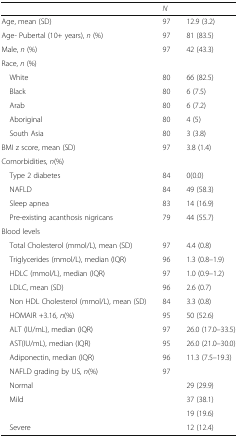
<table><thead><tr><td>[EMPTY_CELL]</td><td><b><i>N</i></b></td><td>[EMPTY_CELL]</td></tr></thead><tbody><tr><td>Age, mean (SD)</td><td>97</td><td>12.9 (3.2)</td></tr><tr><td>Age- Pubertal (10+ years), <i>n</i> (%)</td><td>97</td><td>81 (83.5)</td></tr><tr><td>Male, <i>n</i> (%)</td><td>97</td><td>42 (43.3)</td></tr><tr><td colspan="3">Race, <i>n</i> (%)</td></tr><tr><td> White</td><td>80</td><td>66 (82.5)</td></tr><tr><td> Black</td><td>80</td><td>6 (7.5)</td></tr><tr><td> Arab</td><td>80</td><td>6 (7.2)</td></tr><tr><td> Aboriginal</td><td>80</td><td>4 (5)</td></tr><tr><td> South Asia</td><td>80</td><td>3 (3.8)</td></tr><tr><td>BMI z score, mean (SD)</td><td>97</td><td>3.8 (1.4)</td></tr><tr><td colspan="3">Comorbidities, <i>n</i>(%)</td></tr><tr><td> Type 2 diabetes</td><td>84</td><td>0(0.0)</td></tr><tr><td> NAFLD</td><td>84</td><td>49 (58.3)</td></tr><tr><td> Sleep apnea</td><td>83</td><td>14 (16.9)</td></tr><tr><td> Pre-existing acanthosis nigricans</td><td>79</td><td>44 (55.7)</td></tr><tr><td colspan="3">Blood levels</td></tr><tr><td> Total Cholesterol (mmol/L), mean (SD)</td><td>97</td><td>4.4 (0.8)</td></tr><tr><td> Triglycerides (mmol/L), median (IQR)</td><td>96</td><td>1.3 (0.8–1.9)</td></tr><tr><td> HDLC (mmol/L), median (IQR)</td><td>97</td><td>1.0 (0.9–1.2)</td></tr><tr><td> LDLC, mean (SD)</td><td>96</td><td>2.6 (0.7)</td></tr><tr><td> Non HDL Cholesterol (mmol/L), mean (SD)</td><td>84</td><td>3.3 (0.8)</td></tr><tr><td> HOMAIR +3.16, <i>n</i>(%)</td><td>95</td><td>50 (52.6)</td></tr><tr><td> ALT (IU/mL), median (IQR)</td><td>97</td><td>26.0 (17.0–33.5)</td></tr><tr><td> AST(IU/mL), median (IQR)</td><td>95</td><td>26.0 (21.0–30.0)</td></tr><tr><td> Adiponectin, median (IQR)</td><td>96</td><td>11.3 (7.5–19.3)</td></tr><tr><td> NAFLD grading by US, <i>n</i>(%)</td><td>97</td><td>[EMPTY_CELL]</td></tr><tr><td> Normal</td><td>[EMPTY_CELL]</td><td>29 (29.9)</td></tr><tr><td> Mild</td><td>[EMPTY_CELL]</td><td>37 (38.1)</td></tr><tr><td>[EMPTY_CELL]</td><td>[EMPTY_CELL]</td><td>19 (19.6)</td></tr><tr><td> Severe</td><td>[EMPTY_CELL]</td><td>12 (12.4)</td></tr></tbody></table>